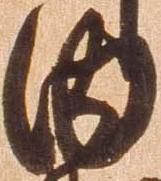
内